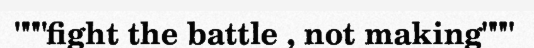
"""fight the battle , not making"""